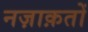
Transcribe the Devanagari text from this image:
नज़ाक़तों